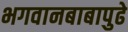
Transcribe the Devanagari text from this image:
भगवानबाबापुढे